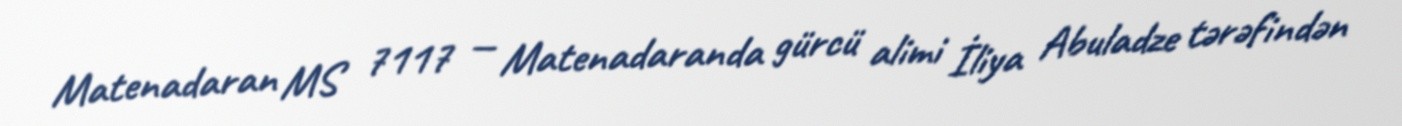
Matenadaran MS 7117 — Matenadaranda gürcü alimi İliya Abuladze tərəfindən